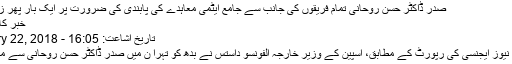
صدر ڈاکٹر حسن روحانی تمام فریقوں کی جانب سے جامع ایٹمی معاہدے کی پابندی کی ضرورت پر ایک بار پھر زور دیا ہے
خبر کا کوڈ: ۴۰۴
تاریخ اشاعت: 16:05 - February 22, 2018
مقدس دفاع نیوز ایجنسی کی رپورٹ کے مطابق، اسپین کے وزیر خارجہ الفونسو داستس نے بدھ کو تہرا ن میں صدر ڈاکٹر حسن روحانی سے ملاقات کی ۔